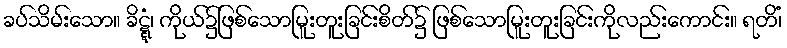
ခပ်သိမ်းသော။ ခိဋ္ဋံ၊ ကိုယ်၌ဖြစ်သောမြူးတူးခြင်းစိတ်၌ ဖြစ်သောမြူးတူးခြင်းကိုလည်းကောင်း။ ရတိံ၊